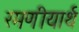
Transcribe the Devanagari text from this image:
रमणीयार्थ